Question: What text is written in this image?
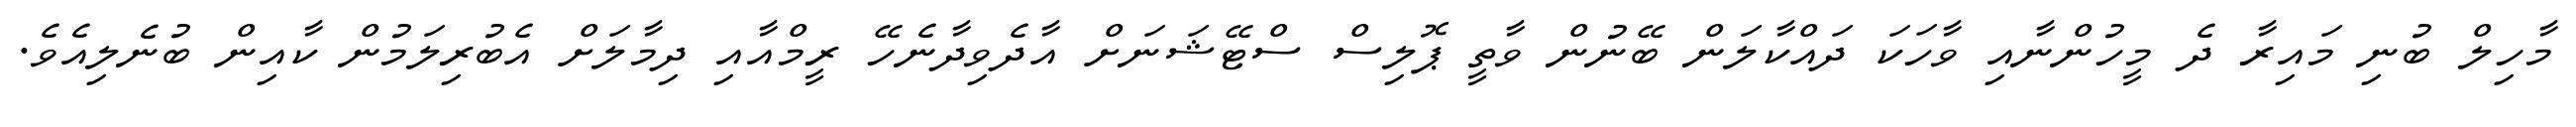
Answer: މާހިލް ބުނި މައިރާ ދެ މީހުންނާއި ވާހަކަ ދައްކާލަން ބޭނުން ވާތީ ޕޮލިސް ސްޓޭޝަނަށް އާދެވިދާނެހޭ ރީމްއާއި ދިމާލަށް އެބުރިލަމުން ކާއިން ބުނެލިއެވެ.